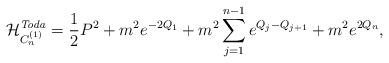
LaTeX: \begin{align*}\mathcal{H}_{C_{n}^{(1)}}^{\mathit{Toda}}={\frac{1}{2}}P^{2}+m^{2}e^{-2Q_{1}}+m^{2}\sum_{j=1}^{n-1}e^{Q_{j}-Q_{j+1}}+m^{2}e^{2Q_{n}},\end{align*}